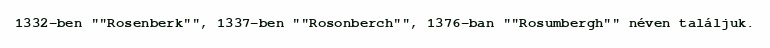
1332-ben ""Rosenberk"", 1337-ben ""Rosonberch"", 1376-ban ""Rosumbergh"" néven találjuk.